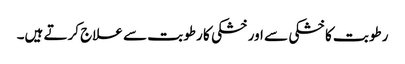
رطوبت کا خشکی سے اور خشکی کا رطوبت سے علاج کرتے ہیں۔